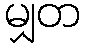
မျှတ